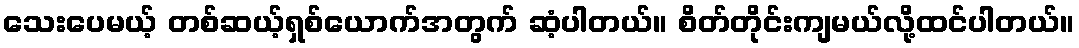
သေးပေမယ့် တစ်ဆယ့်ရှစ်ယောက်အတွက် ဆံ့ပါတယ်။ စိတ်တိုင်းကျမယ်လို့ထင်ပါတယ်။